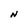
Character: N